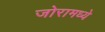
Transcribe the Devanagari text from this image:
जोरामध्ये